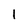
Character: 1